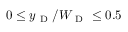
0 \leq y _ { \mathrm { ~ D ~ } } / W _ { \mathrm { ~ D ~ } } \leq 0 . 5